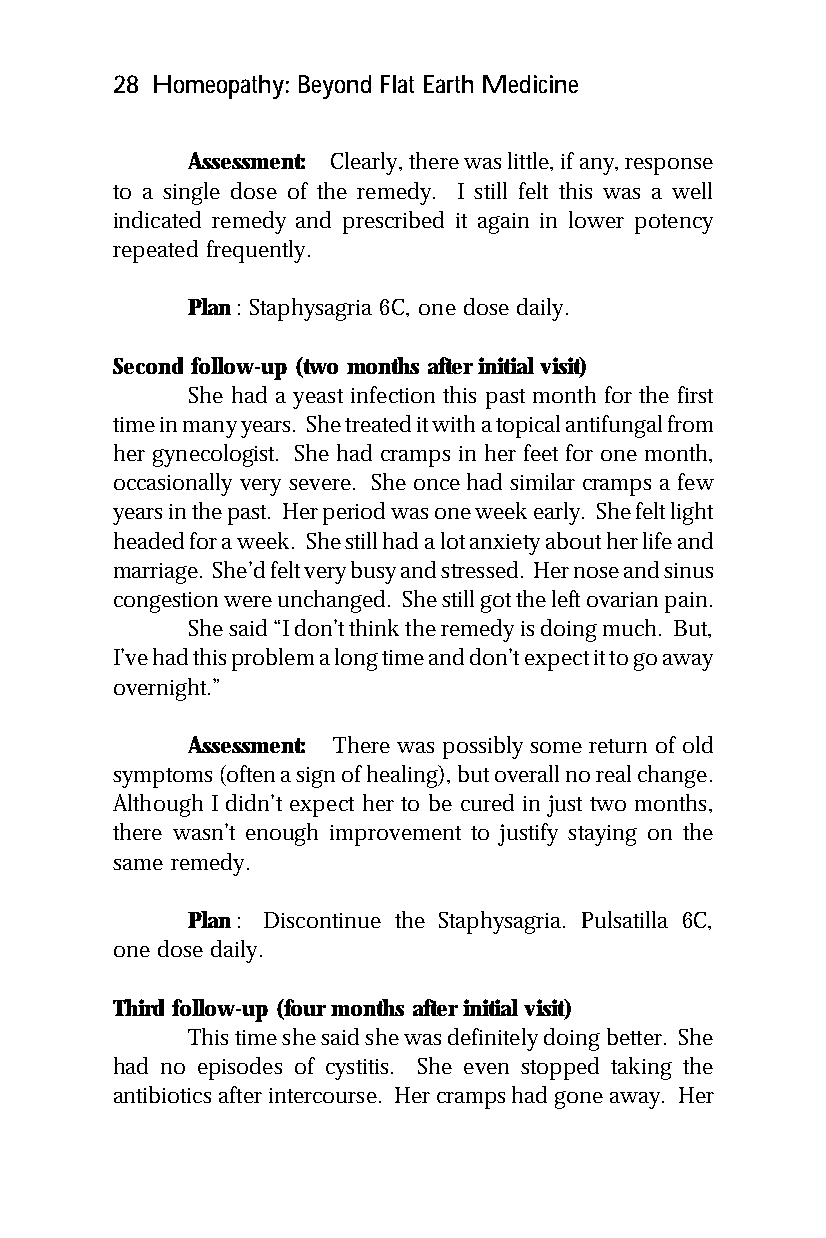
28 Homeopathy: Beyond Flat Earth Medicine
 Assessment: Clearly, there was little, if any, response
 to a single dose of the remedy. I still felt this was a well
 indicated remedy and prescribed it again in lower potency
 repeated frequently.
 Plan: Staphysagria 6C, one dose daily.
 Second follow-up (two months after initial visit)
 She had a yeast infection this past month for the first
 time in many years. She treated it with a topical antifungal from
 her gynecologist. She had cramps in her feet for one month,
 occasionally very severe. She once had similar cramps a few
 years in the past. Her period was one week early. She felt light
 headed for a week. She still had a lot anxiety about her life and
 marriage. She’d felt very busy and stressed. Her nose and sinus
 congestion were unchanged. She still got the left ovarian pain.
 She said “I don’t think the remedy is doing much. But,
 I’ve had this problem a long time and don’t expect it to go away
 overnight.”
 Assessment: There was possibly some return of old
 symptoms (often a sign of healing), but overall no real change.
 Although I didn’t expect her to be cured in just two months,
 there wasn’t enough improvement to justify staying on the
 same remedy.
 Plan: Discontinue the Staphysagria. Pulsatilla 6C,
 one dose daily.
 Third follow-up (four months after initial visit)
 This time she said she was definitely doing better. She
 had no episodes of cystitis. She even stopped taking the
 antibiotics after intercourse. Her cramps had gone away. Her